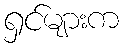
ရှင်များက